Report on sanitation, dispensaries, and jails in Rajputana for 1912, and on vaccination for the year 1912-1913 - 1912-1913
Year: 1912
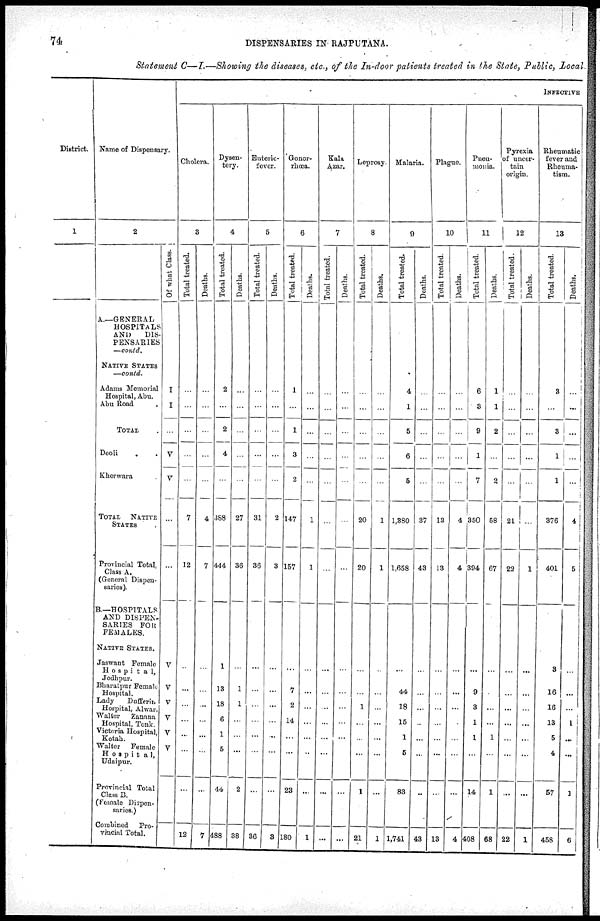
74
DISPENSARIES IN RAJPUTANA.
Statement C—I.—Showing the diseases, etc., of the In-door patients treated in the State, Public, local
District.
1
Name of Dispensary.
2
A.—GENERAL
HOSPITALS
AND
DIS-
PENSARIES
—contd.
NATIVE STATES
—contd.
Adams Memorial
Hospital, Abu.
Abu Road .
TOTAL .
Deoli . .
Kherwara .
TOTAL
NATIVE
STATES .
Provincial Total,
Class A.
(General Dispen-
saries).
B.—HOSPITALS
AND DISPEN-
SARIES FOR
FEMALES.
NATIVE STATES.
Jaswant Female
Hospita1,
Jodhpur.
Bharatpur Female
Hospital.
Lady
Dufferin
Hospital, Alwar.
Walter
Zanana
Hospital, Tonk.
Victoria Hospital,
Kotah.
Walter
Female
Hospita1,
Udaipur.
Provincial Total
Class B.
(Female Dispen¬
saries.)
Combined Pro-
vincial Total.
Of what Class.
I
I
...
V
V
...
...
V
V
V
V
V
V
...
...
INFECTIVE
Cholera.
3
Total treated.
...
...
...
...
...
7
12
...
...
...
...
...
...
...
12
Deaths.
...
...
...
...
...
4
7
...
...
...
...
...
...
...
7
Dysen-
tery.
4
Total treated.
2
...
2
4
...
388
444
1
13
18
6
1
5
44
488
Deaths.
...
...
...
...
...
27
36
...
1
1
...
...
...
2
38
Enteric-
fever.
5
Total treated.
...
...
...
...
...
31
36
...
...
...
...
...
...
...
30
Deaths.
...
...
...
...
...
2
3
...
...
...
...
...
...
...
3
Gonor-
rhœa.
6
Total treated.
1
...
1
3
2
147
157
...
7
2
14
...
...
23
180
Deaths.
...
...
...
...
...
1
1
...
...
...
...
...
...
...
1
Kala
Azar.
7
Total treated.
...
...
...
...
...
...
...
...
...
...
...
...
...
...
...
Deaths.
...
...
...
...
...
...
...
...
...
...
...
...
...
...
...
Leprosy
8
Total treated.
...
...
...
...
...
20
20
...
...
1
...
...
...
1
21
Deaths.
...
...
...
...
...
1
1
...
...
...
...
...
...
...
1
Malaria.
9
Total treated.
4
1
5
6
5
1,380
1,658
...
44
18
15
1
5
83
1,741
Deaths.
...
...
...
...
...
37
43
...
...
...
...
...
...
...
43
Plague.
10
Total treated.
...
...
...
...
...
13
13
...
...
...
...
...
...
...
13
Deaths.
...
...
...
...
...
4
4
...
...
...
...
...
...
...
4
Pneu¬
monia.
11
Total treated.
6
3
9
1
7
350
394
...
9
3
1
1
...
14
408
Deaths.
1
1
2
...
2
58
67
...
...
...
...
1
...
1
68
Pyrexia
of uncer-
tain
origin.
12
Total treated.
...
...
...
...
...
21
22
...
...
...
...
...
...
...
22
Deaths.
...
...
...
...
...
...
1
...
...
...
...
...
...
...
1
Rheumatic
fever and
Rheuma-
tism.
13
Total treated.
3
...
3
1
1
376
401
3
16
16
13
5
4
57
458
Deaths.
...
...
...
...
...
4
5
...
...
...
1
...
...
1
6